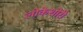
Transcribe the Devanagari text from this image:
लोकेशोरी